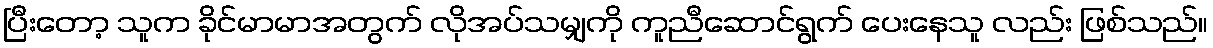
ပြီးတော့ သူက ခိုင်မာမာအတွက် လိုအပ်သမျှကို ကူညီဆောင်ရွက် ပေးနေသူ လည်း ဖြစ်သည်။